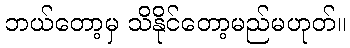
ဘယ်တော့မှ သိနိုင်တော့မည်မဟုတ်။